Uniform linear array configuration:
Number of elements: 64
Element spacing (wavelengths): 0.5
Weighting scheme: uniform
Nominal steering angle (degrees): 45
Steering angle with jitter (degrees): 45.597
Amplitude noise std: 0.05
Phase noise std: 0.05

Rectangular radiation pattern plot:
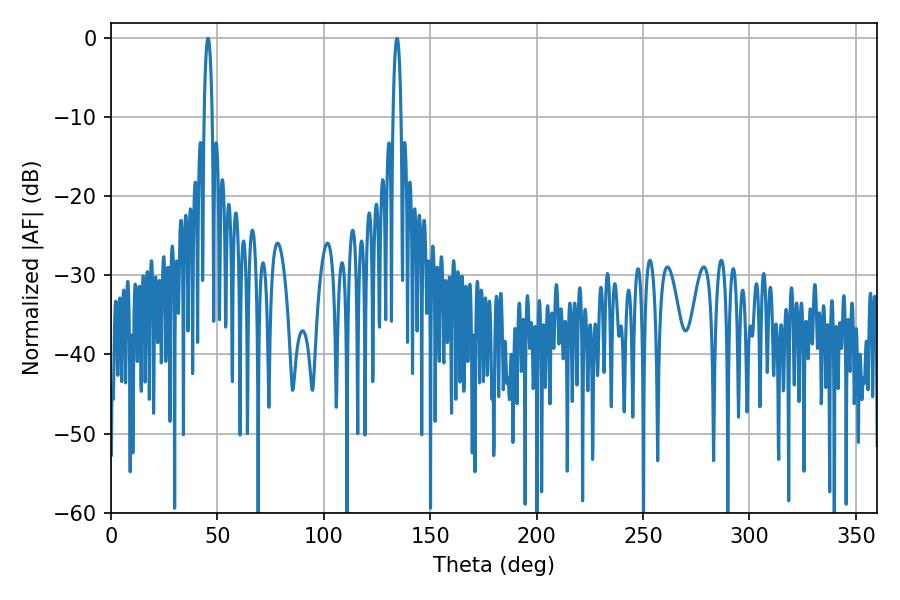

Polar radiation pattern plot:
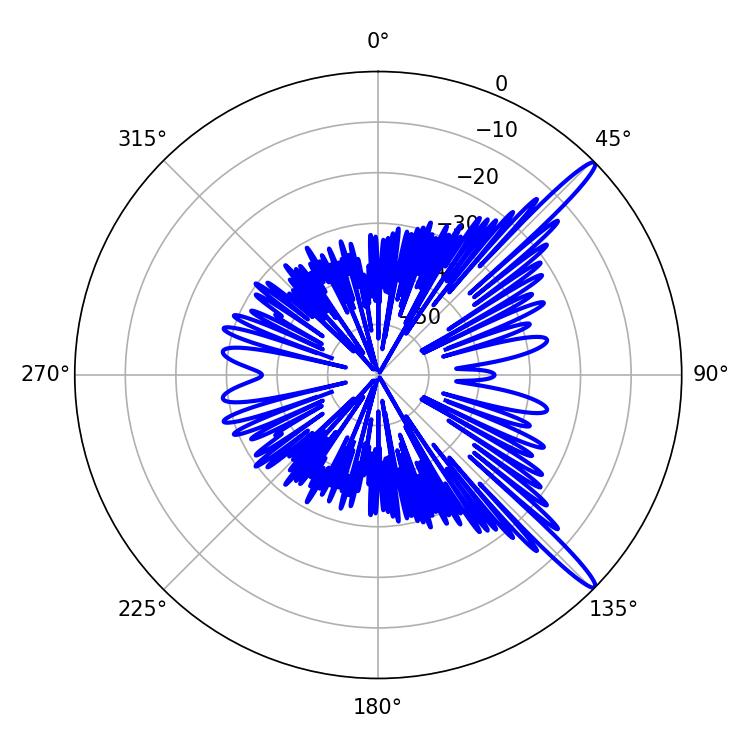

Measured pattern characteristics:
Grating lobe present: FALSE
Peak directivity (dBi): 14.997
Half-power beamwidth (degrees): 1.98
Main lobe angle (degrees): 45.54